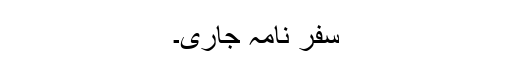
سفر نامہ جاری۔